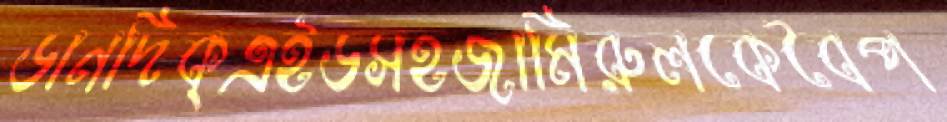
ডানদিক্‌এইডসহজামিরুলকেবৈপ